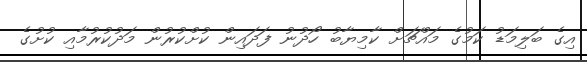
އިގެ ބަލިމަޑު ކަމުގެ މައްޗަށް ކާމިޔާބު ހޯދުނު ފަދައިން ކުށްކުރުން މަދުކުރުމާއި ކުށުގެ